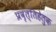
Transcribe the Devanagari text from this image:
प्रवृत्तिहेतुक